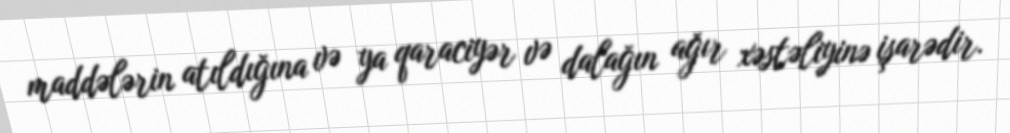
maddələrin atıldığına və ya qaraciyər və dalağın ağır xəstəliyinə işarədir.